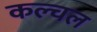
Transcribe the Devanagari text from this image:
कल्चल